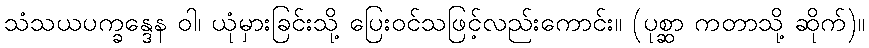
သံသယပက္ခန္ဒေန ဝါ၊ ယုံမှားခြင်းသို့ ပြေးဝင်သဖြင့်လည်းကောင်း။ (ပုစ္ဆာ ကတာသို့ ဆိုက်)။